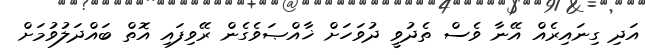
އަދި ގިނައިރެއް އޭނާ ވެސް ތެދުވީ ދުވަހަށް ޚާއްޞަވެގެން ރޭވިފައި އޮތް ބައްދަލުވުމަށް